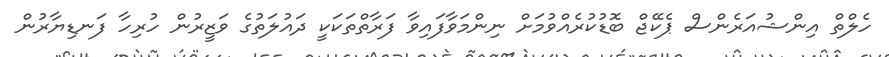
ހެލްތް އިންޝުއަރެންސް ޕެކޭޖް ބޮޑުކުރެއްވުމަށް ނިންމަވާފައިވާ ފަރާތްތަކަކީ ދައުލަތުގެ ވަޒީރުން ހުރިހާ ފަނޑިޔާރުން